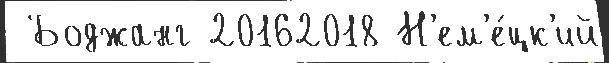
 Боджанг 20162018 Н'ем'е́цк'ий